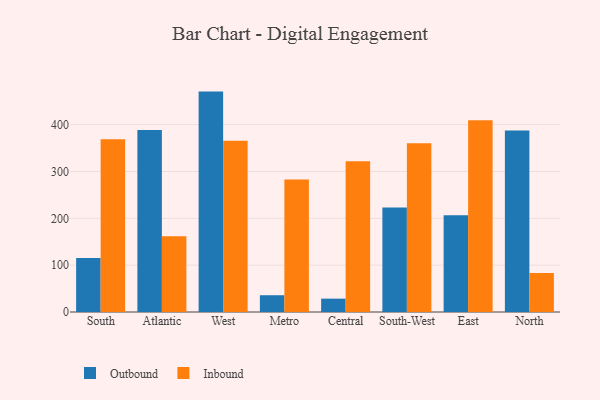
{"axis": {"x": "Region", "y": "Page Views"}, "legend": ["Inbound", "Outbound"], "data": [{"x": "South", "y": 115.3, "type": "Outbound"}, {"x": "South", "y": 369.0, "type": "Inbound"}, {"x": "Atlantic", "y": 388.4, "type": "Outbound"}, {"x": "Atlantic", "y": 161.6, "type": "Inbound"}, {"x": "West", "y": 470.5, "type": "Outbound"}, {"x": "West", "y": 365.8, "type": "Inbound"}, {"x": "Metro", "y": 35.8, "type": "Outbound"}, {"x": "Metro", "y": 283.0, "type": "Inbound"}, {"x": "Central", "y": 28.5, "type": "Outbound"}, {"x": "Central", "y": 321.7, "type": "Inbound"}, {"x": "South-West", "y": 222.9, "type": "Outbound"}, {"x": "South-West", "y": 360.3, "type": "Inbound"}, {"x": "East", "y": 206.8, "type": "Outbound"}, {"x": "East", "y": 409.3, "type": "Inbound"}, {"x": "North", "y": 387.4, "type": "Outbound"}, {"x": "North", "y": 83.5, "type": "Inbound"}]}